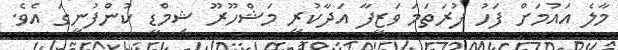
މާލެ އައުމަށް ފަހު ފުރަތަމަ ވަޒީފާ އަދާކުރީ މަޝްހޫރޫ ޝިމްޑީ ކުންފުނީގަ އެވެ.